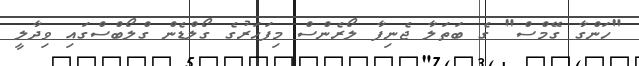
"ހަންގާ ގޭމްސް" ގެ ބަތަލާ ޖެނިފާ ލޯރެންސް މިފަހަރުގެ ގޯލްޑެން ގްލޯބްސްގައި ވިދާލީ